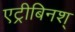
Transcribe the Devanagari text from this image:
एट्रीबिनश्